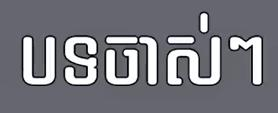
បទចាស់ៗ